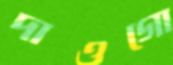
দাওগো